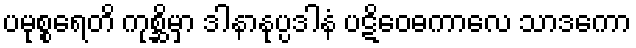
ပမုစ္စရေတိ ကုစ္ဆိမှာ ဒါနာနုပ္ပဒါနံ ပဋိဝေဓကာလေ သာဒကော